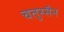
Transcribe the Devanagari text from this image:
चतुरसैन